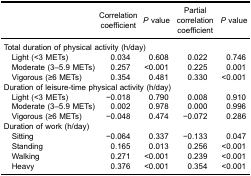
<table><thead><tr><td><b> </b></td><td><b>Correlationcoefficient</b></td><td><b><i>P</i> value</b></td><td><b>Partial correlationcoefficient</b></td><td><b><i>P</i> value</b></td></tr></thead><tbody><tr><td colspan="5">Total duration of physical activity (h/day)</td></tr><tr><td> Light (&lt;3 METs)</td><td>0.034</td><td>0.608</td><td>0.022</td><td>0.746</td></tr><tr><td> Moderate (3–5.9 METs)</td><td>0.257</td><td>&lt;0.001</td><td>0.225</td><td>0.001</td></tr><tr><td> Vigorous (≥6 METs)</td><td>0.354</td><td>0.481</td><td>0.330</td><td>&lt;0.001</td></tr><tr><td colspan="5">Duration of leisure-time physical activity (h/day)</td></tr><tr><td> Light (&lt;3 METs)</td><td>−0.018</td><td>0.790</td><td>0.008</td><td>0.910</td></tr><tr><td> Moderate (3–5.9 METs)</td><td>0.002</td><td>0.978</td><td>0.000</td><td>0.996</td></tr><tr><td> Vigorous (≥6 METs)</td><td>−0.048</td><td>0.474</td><td>−0.072</td><td>0.286</td></tr><tr><td colspan="5">Duration of work (h/day)</td></tr><tr><td> Sitting</td><td>−0.064</td><td>0.337</td><td>−0.133</td><td>0.047</td></tr><tr><td> Standing</td><td>0.165</td><td>0.013</td><td>0.256</td><td>&lt;0.001</td></tr><tr><td> Walking</td><td>0.271</td><td>&lt;0.001</td><td>0.239</td><td>&lt;0.001</td></tr><tr><td> Heavy</td><td>0.376</td><td>&lt;0.001</td><td>0.354</td><td>&lt;0.001</td></tr></tbody></table>